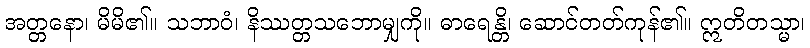
အတ္တနော၊ မိမိ၏။ သဘာဝံ၊ နိဿတ္တသဘောမျှကို။ ဓာရေန္တိ၊ ဆောင်တတ်ကုန်၏။ ဣတိတသ္မာ၊